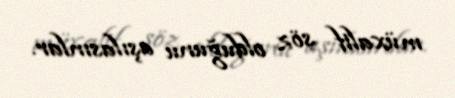
müxalif söz olduğunu aşılasınlar.